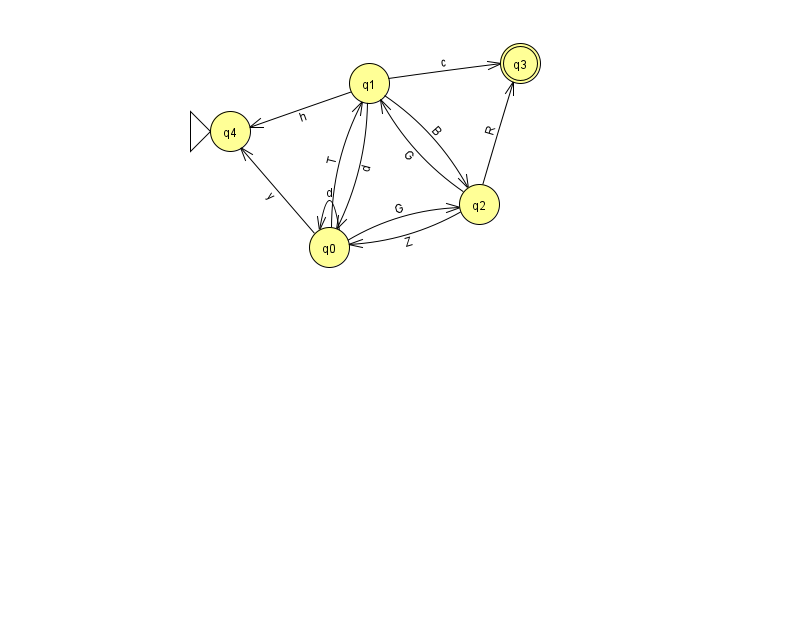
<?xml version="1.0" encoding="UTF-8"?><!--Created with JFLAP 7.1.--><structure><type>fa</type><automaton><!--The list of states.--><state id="0" name="q0"><x>329.0</x><y>234.0</y></state><state id="1" name="q1"><x>369.0</x><y>70.0</y></state><state id="2" name="q2"><x>479.0</x><y>191.0</y></state><state id="3" name="q3"><x>520.0</x><y>50.0</y><final/></state><state id="4" name="q4"><x>230.0</x><y>118.0</y><initial/></state><!--The list of transitions.--><transition><from>0</from><to>1</to><read>T</read></transition><transition><from>0</from><to>2</to><read>G</read></transition><transition><from>1</from><to>0</to><read>d</read></transition><transition><from>1</from><to>3</to><read>c</read></transition><transition><from>1</from><to>2</to><read>B</read></transition><transition><from>2</from><to>3</to><read>R</read></transition><transition><from>0</from><to>0</to><read>d</read></transition><transition><from>2</from><to>1</to><read>G</read></transition><transition><from>0</from><to>4</to><read>y</read></transition><transition><from>2</from><to>0</to><read>Z</read></transition><transition><from>1</from><to>4</to><read>h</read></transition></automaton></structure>